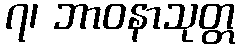
၇၊ ဘာဝနာသုတ္တ